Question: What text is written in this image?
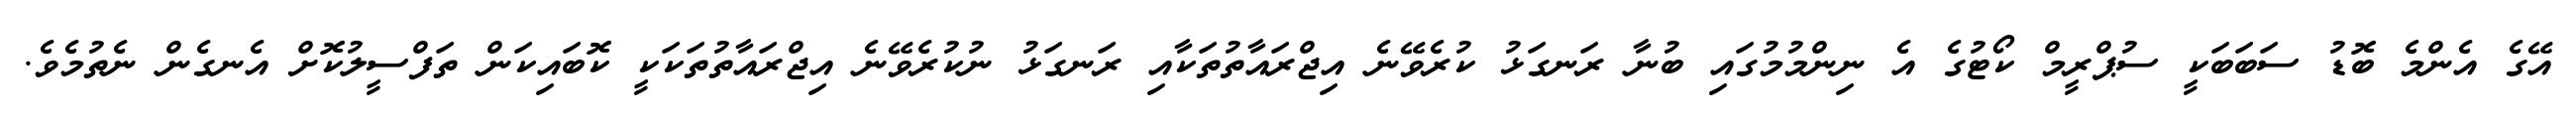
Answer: އޭގެ އެންމެ ބޮޑު ސަބަބަކީ ސުޕްރީމް ކޯޓުގެ އެ ނިންމުމުގައި ބުނާ ރަނގަޅު ކުރެވޭނެ އިޖްރައާތުތަކާއި ރަނގަޅު ނުކުރެވޭނެ އިޖްރައާތުތަކަކީ ކޮބައިކަން ތަފްސީލުކޮށް އެނގެން ނެތުމެވެ.